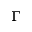
\Gamma